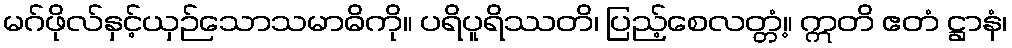
မဂ်ဖိုလ်နှင့်ယှဉ်သောသမာဓိကို။ ပရိပူရိဿတိ၊ ပြည့်စေလတ္တံ့။ ဣတိ ဧတံ ဋ္ဌာနံ၊